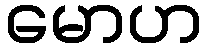
မောဟ